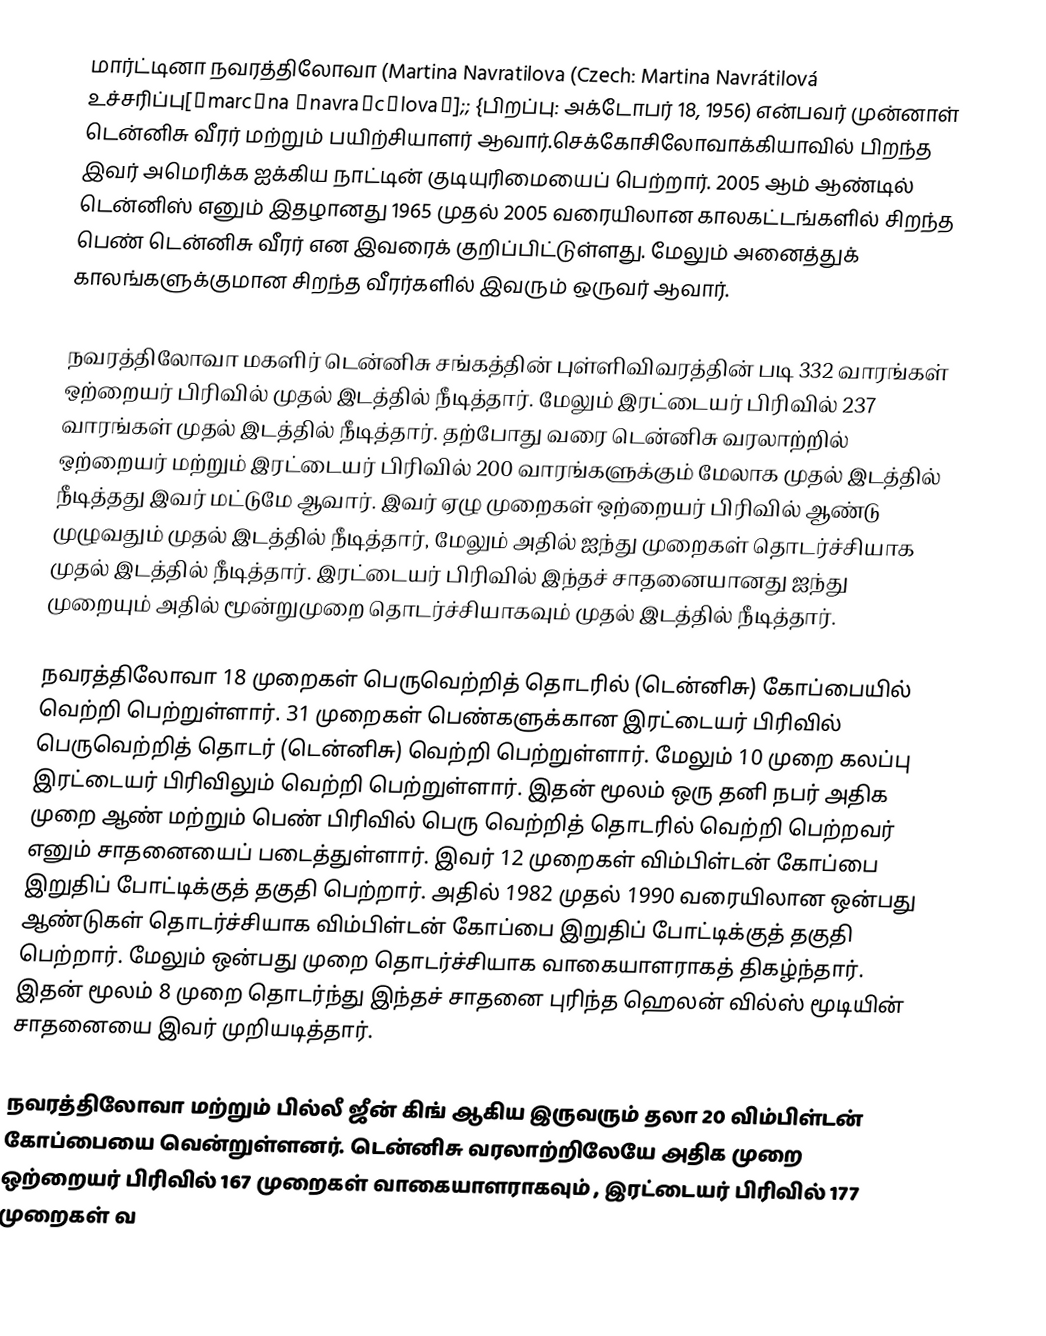
மார்ட்டினா நவரத்திலோவா (Martina Navratilova (Czech: Martina Navrátilová உச்சரிப்பு[ˈmarcɪna ˈnavraːcɪlovaː];; {பிறப்பு: அக்டோபர் 18, 1956) என்பவர் முன்னாள்  டென்னிசு வீரர் மற்றும் பயிற்சியாளர் ஆவார்.செக்கோசிலோவாக்கியாவில் பிறந்த இவர்  அமெரிக்க ஐக்கிய நாட்டின் குடியுரிமையைப் பெற்றார். 2005 ஆம் ஆண்டில் டென்னிஸ் எனும் இதழானது 1965 முதல் 2005 வரையிலான காலகட்டங்களில் சிறந்த பெண் டென்னிசு வீரர் என இவரைக்  குறிப்பிட்டுள்ளது. மேலும் அனைத்துக் காலங்களுக்குமான சிறந்த வீரர்களில் இவரும் ஒருவர் ஆவார்.

நவரத்திலோவா மகளிர் டென்னிசு சங்கத்தின் புள்ளிவிவரத்தின் படி 332 வாரங்கள் ஒற்றையர் பிரிவில் முதல் இடத்தில் நீடித்தார். மேலும் இரட்டையர் பிரிவில் 237 வாரங்கள் முதல் இடத்தில் நீடித்தார். தற்போது வரை டென்னிசு வரலாற்றில் ஒற்றையர் மற்றும் இரட்டையர் பிரிவில் 200 வாரங்களுக்கும் மேலாக முதல் இடத்தில் நீடித்தது இவர் மட்டுமே ஆவார். இவர் ஏழு முறைகள் ஒற்றையர் பிரிவில் ஆண்டு முழுவதும் முதல் இடத்தில் நீடித்தார், மேலும் அதில் ஐந்து முறைகள் தொடர்ச்சியாக முதல் இடத்தில் நீடித்தார். இரட்டையர் பிரிவில் இந்தச் சாதனையானது ஐந்து முறையும் அதில் மூன்றுமுறை தொடர்ச்சியாகவும் முதல் இடத்தில் நீடித்தார்.

நவரத்திலோவா 18 முறைகள் பெருவெற்றித் தொடரில் (டென்னிசு) கோப்பையில் வெற்றி பெற்றுள்ளார். 31 முறைகள் பெண்களுக்கான இரட்டையர் பிரிவில் பெருவெற்றித் தொடர் (டென்னிசு) வெற்றி பெற்றுள்ளார். மேலும் 10 முறை கலப்பு இரட்டையர் பிரிவிலும் வெற்றி பெற்றுள்ளார். இதன் மூலம் ஒரு தனி நபர் அதிக முறை ஆண் மற்றும் பெண் பிரிவில் பெரு வெற்றித் தொடரில் வெற்றி பெற்றவர் எனும் சாதனையைப் படைத்துள்ளார். இவர் 12 முறைகள் விம்பிள்டன் கோப்பை இறுதிப் போட்டிக்குத் தகுதி பெற்றார். அதில் 1982 முதல் 1990 வரையிலான ஒன்பது ஆண்டுகள் தொடர்ச்சியாக விம்பிள்டன் கோப்பை இறுதிப் போட்டிக்குத் தகுதி பெற்றார். மேலும் ஒன்பது முறை தொடர்ச்சியாக வாகையாளராகத் திகழ்ந்தார். இதன் மூலம் 8 முறை தொடர்ந்து இந்தச் சாதனை புரிந்த ஹெலன் வில்ஸ் மூடியின் சாதனையை இவர் முறியடித்தார்.

நவரத்திலோவா மற்றும் பில்லீ ஜீன் கிங் ஆகிய இருவரும் தலா 20 விம்பிள்டன் கோப்பையை வென்றுள்ளனர். டென்னிசு வரலாற்றிலேயே அதிக முறை ஒற்றையர் பிரிவில் 167 முறைகள் வாகையாளராகவும் , இரட்டையர் பிரிவில் 177 முறைகள் வ